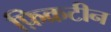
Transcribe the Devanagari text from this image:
फ़िक्रटीन